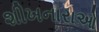
શીખનારાઓ